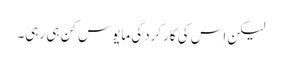
لیکن اس کی کارکردگی مایوس کن ہی رہی۔